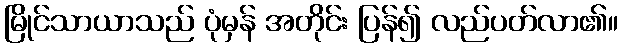
မြိုင်သာယာသည် ပုံမှန် အတိုင်း ပြန်၍ လည်ပတ်လာ၏။